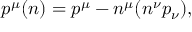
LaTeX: p ^ { \mu } ( n ) = p ^ { \mu } - n ^ { \mu } ( n ^ { \nu } p _ { \nu } ) ,